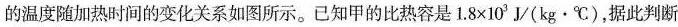
温度甲的温度随加热时间的变化关系如图所示。已知甲的比热容是$$1 . 8 × 1 0 ^ { 3 } J / ( k g · ℃ )$$，据此判断